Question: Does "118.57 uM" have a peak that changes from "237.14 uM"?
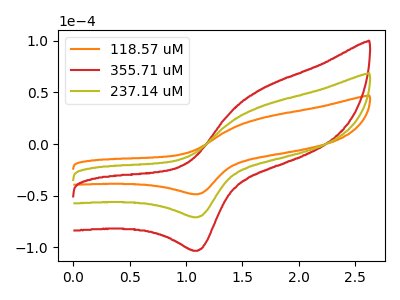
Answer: <think>The orange curve "118.57 uM" has an anodic peak at (1.65V, 24.75uA) and a cathodic peak at (1.10V, -48.65uA). The red curve "355.71 uM" has an anodic peak at (1.65V, 72.10uA) and a cathodic peak at (1.10V, -141.85uA). The olive curve "237.14 uM" has an anodic peak at (1.65V, 36.05uA) and a cathodic peak at (1.10V, -70.95uA).
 All the peaks in "118.57 uM" have a peak in "237.14 uM" at the same potential. Every peak in "118.57 uM" is lower than every peak in "237.14 uM".</think>
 <answer>No, "118.57 uM" and "237.14 uM" don't appear to be significantly different in shape</answer>
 <eval>no_change</eval>